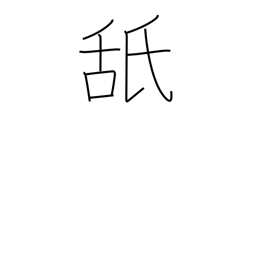
Meaning: taste